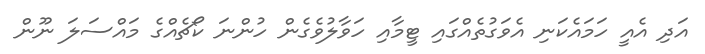
އަދި އެއީ ހަމައެކަނި އެވަގުތެއްގައި ޓީމާއި ހަވާލުވެގެން ހުންނަ ކޯޗެއްގެ މައްސަލަ ނޫން